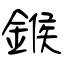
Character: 鍭